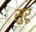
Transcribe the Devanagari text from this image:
सुरू